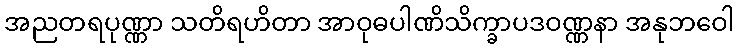
အညတရပုဏ္ဏာ သတိရဟိတာ အာဝုဓပါဏိသိက္ခာပဒဝဏ္ဏနာ အနုဘဝေါ